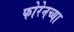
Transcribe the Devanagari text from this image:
फोरेनच्या